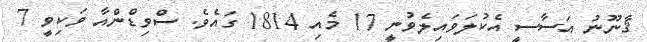
ޤާނޫނު އަސާސީ އެކުލަވައިލެވުނީ 17 މެއި 1814 ގައެވެ. ސްވިޑްންއާ ވަކިވީ 7